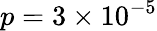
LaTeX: p=3\times 10^{-5}